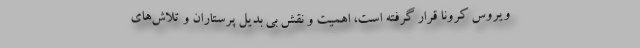
ویروس کرونا قرار گرفته است، اهمیت و نقش بی بدیل پرستاران و تلاش‌های